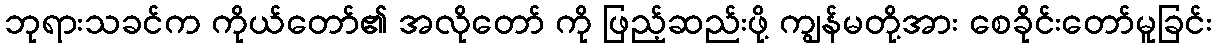
ဘုရားသခင်က ကိုယ်တော်၏ အလိုတော် ကို ဖြည့်ဆည်းဖို့ ကျွန်မတို့အား စေခိုင်းတော်မူခြင်း